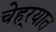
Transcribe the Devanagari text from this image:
चेहर्‍यात